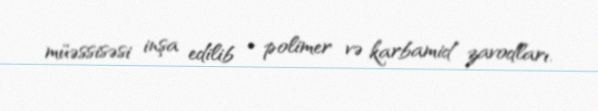
müəssisəsi inşa edilib - polimer və karbamid zavodları.